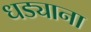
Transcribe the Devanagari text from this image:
धड्याना